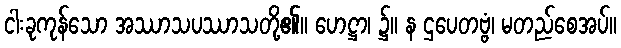
ငါးခုကုန်သော အဿာသပဿာသတို့၏။ ဟေဋ္ဌာ၊ ၌။ န ဌပေတဗ္ဗံ၊ မတည်စေအပ်။